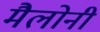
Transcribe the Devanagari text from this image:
मैलोनी